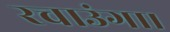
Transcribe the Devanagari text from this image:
रचाउंगा।